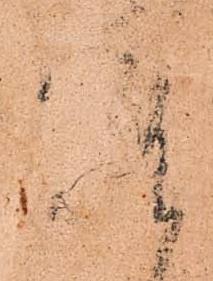
座